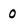
Character: 0